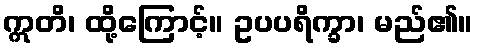
ဣတိ၊ ထို့ကြောင့်။ ဥပပရိက္ခာ၊ မည်၏။